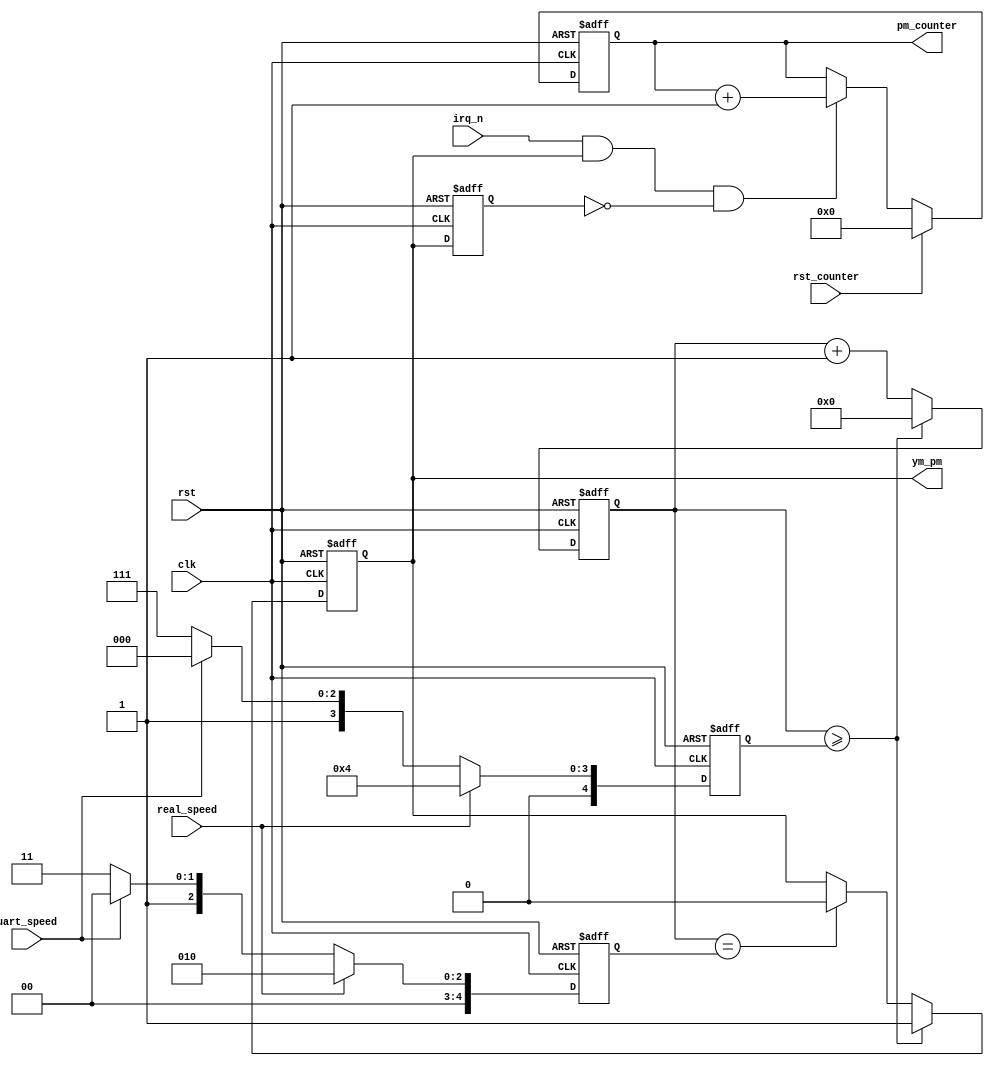
module pm_clk_real(
	input             clk,
	input             rst,
	input             real_speed,
	input             rst_counter,
	input             irq_n,			// the pm counter does not count when irq_n is low
	input 			  uart_speed,
	output reg        ym_pm,
	output reg [31:0] pm_counter
);
parameter stop=5'd07;
reg [4:0] div_cnt, cambio0, cambio1; 

always @(posedge clk or posedge rst) begin : speed_mux
	if( rst ) begin
		cambio0 <= 5'd2;
		cambio1 <= 5'd4;
	end
	else begin
		if( real_speed ) begin
			cambio0 <= 5'd2;
			cambio1 <= 5'd4;
		end
		else begin // con 8/16 he visto fallar el STATUS del YM una vez
			if( uart_speed ) begin
				cambio0 <= 5'd4;
				cambio1 <= 5'd8;
			end else begin
				cambio0 <= 5'd7;
				cambio1 <= 5'd15;
			end
		end
	end
end

always @(posedge clk or posedge rst) begin : ym_pm_ff
	if( rst ) begin
		div_cnt    <= 5'd0;
		ym_pm      <= 1'b0;
	end
	else begin	
		if(div_cnt>=cambio1) begin // =5'd4 tiempo real del YM
			ym_pm   <= 1'b1;
			div_cnt <= 5'd0;
		end
		else begin
			if( div_cnt==cambio0 ) ym_pm <= 1'b0; // =5'd2 tiempo real
			div_cnt <= div_cnt + 1'b1;
		end
	end
end

reg ultpm;

always @(posedge clk or posedge rst) begin : pm_counter_ff
	if( rst )  begin
		pm_counter <= 32'd0;
		ultpm      <= 1'b0;
	end
	else begin
		ultpm <= ym_pm;
		if(rst_counter) 
			pm_counter <= 32'd0;
		else
			if( irq_n && ym_pm && !ultpm ) 
				pm_counter <= pm_counter + 1'd1;		
	end
end

endmodule